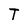
Character: T